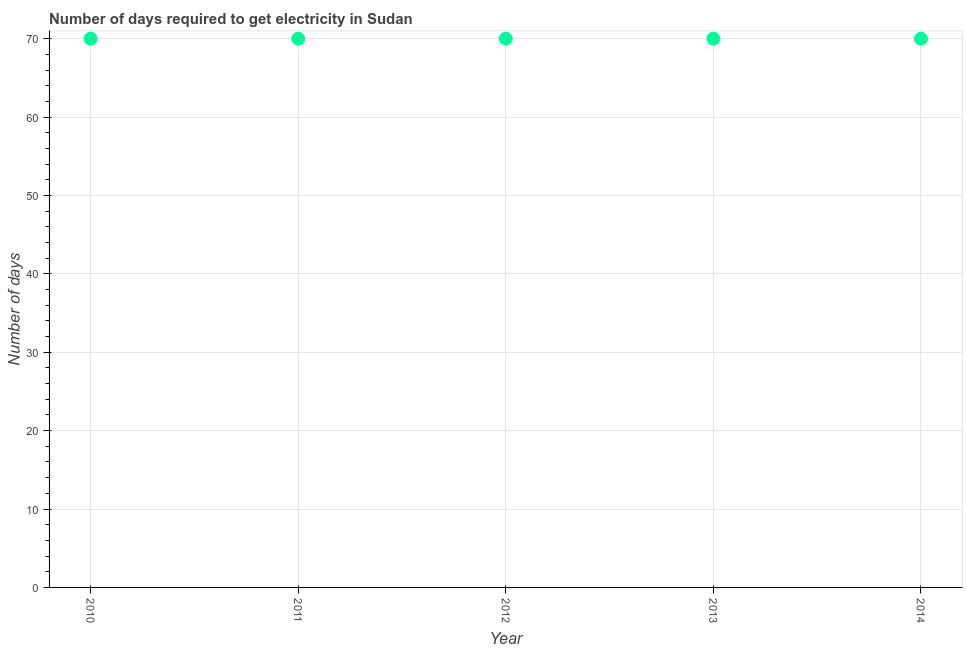
| Year | Time to get electricity |
 | --- | --- |
 | 2010 | 70 |
 | 2011 | 70 |
 | 2012 | 70 |
 | 2013 | 70 |
 | 2014 | 70 |